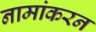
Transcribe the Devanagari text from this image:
नामांकरन